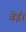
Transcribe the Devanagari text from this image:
वेई।